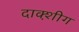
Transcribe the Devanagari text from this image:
दाक्श़ीग